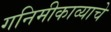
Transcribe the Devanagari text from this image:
गनिमीकाव्याचे